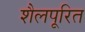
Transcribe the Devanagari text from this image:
शैलपूरित